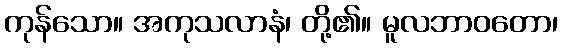
ကုန်သော။ အကုသလာနံ၊ တို့၏။ မူလဘာဝတော၊